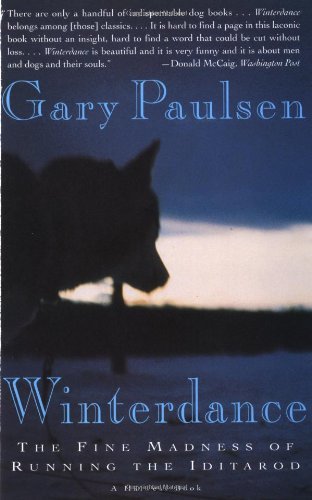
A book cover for Winterdance::The Fine Madness of Running the Iditarod[Paperback,1995]; Gary Paulsen; Sports & Outdoors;